Lunatic asylums in Bengal annual reports 1888-1898 - 1888-1898
Year: 1888
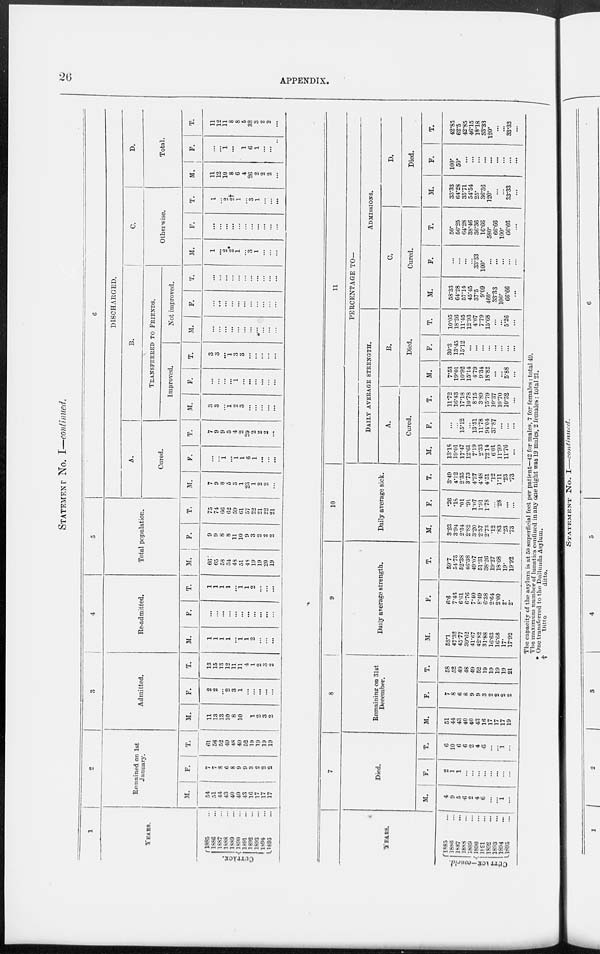
26
APPENDIX.
STATEMENT No. I—continued.
1
YEARS.
CUTTACK.
1885 ...
1886 ...
1887 ...
1888 ...
1889 ...
1890 ...
1891 ...
1892 ...
1893 ...
1894 ...
1895 ...
2
Remained on 1st
January.
M.
54
51
44
43
40
40
43
16
17
17
17
F.
7
7
8
6
8
9
9
3
2
2
2
T.
61
58
52
49
48
49
52
19
19
19
19
3
Admitted.
M.
11
13
13
10
8
10
4
1
2
3
2
F.
2
2
...
2
3
1
...
...
...
...
...
T.
13
15
13
12
11
11
4
1
2
3
2
4
Re-admitted.
M.
1
1
1
1
1
1
2
...
...
...
F.
...
...
...
...
...
...
...
...
...
...
...
T.
1
1
1
1
...
1
1
2
...
...
...
5
Total population.
M.
66
65
58
54
48
51
48
19
19
20
19
F.
9
9
8
8
11
10
9
3
2
2
2
T.
75
74
66
62
59
61
57
22
21
22
21
6
DISCHARGED.
A.
Cured.
M.
7
9
8
5
3
1
23
1
2
2
...
F.
...
...
1
...
1
1
6
1
...
...
...
T.
7
9
9
5
4
2
29
2
2
2
...
B.
TRANSFERRED TO FRIENDS.
Improved.
M.
3
3
...
1
2
3
...
...
...
...
...
F.
...
...
...
...
...
...
...
...
...
...
...
T.
3
3
...
1
3
3
...
...
...
...
...
Not improved.
M.
...
...
...
...
...
...
...
...
...
...
...
F.
...
...
...
...
...
...
...
...
...
...
...
T.
...
...
...
...
...
...
...
...
...
...
...
C.
Otherwise.
M.
1
...
2
2*
1
...
3
1
...
...
...
F.
...
...
...
...
...
...
...
...
...
...
...
T.
1
...
2
2†
1
...
3
1
...
...
...
D.
Total.
M.
11
12
10
8
6
4
26
2
2
2
...
F.
...
...
1
...
2
1
6
1
...
...
...
T.
11
12
11
8
8
5
32
3
2
2
...
YEARS.
CUTTACK-concld.
1885 ...
1886 ...
1887 ...
1888 ...
1889 ...
1890 ...
1891 ...
1892 ...
1893 ...
1894 ...
1895 ...
7
Died.
M.
4
9
5
6
2
4
6
...
...
1
...
F.
2
1
1
...
...
...
...
...
...
...
...
T.
6
10
6
6
2
4
6
...
...
1
...
8
Remaining on 31st
December.
M.
51
44
43
40
40
43
16
17
17
17
19
F.
7
8
6
8
9
9
3
2
2
2
2
T.
58
52
49
48
49
52
19
19
19
19
21
9
Daily average strength.
M.
53.l
47.32
45.77
39.62
41.67
42.82
31.88
16.63
16.68
17.
17.92
F.
6.6
7.43
6.61
6.76
7.40
8.49
6.38
2.64
2.00
2.
2.
T.
59.7
54.75
52.38
46.38
49.07
51.31
38.26
19.27
18.68
19.
19.92
10
Daily average sick.
M.
3.23
3.94
2.34
2.82
3.20
2.57
2.73
.12
.83
.23
.73
F.
.26
.18
.01
.9l
1.07
1.91
1.78
...
.28
...
...
T.
3.49
4.12
2.35
3.73
4.27
4.48
4.51
.12
1.11
.23
.73
11
PERCENTAGE TO-
DAILY AVERAGE STRENGTH.
A.
Cured.
M.
13.18
19.01
17.47
12.61
7.19
2.33
72.14
6.01
11.99
11.76
...
F.
...
...
15.12
...
13.51
11.78
94.04
37.87
...
...
...
T.
11.72
16.43
17.18
10.78
8.15
3.89
75.79
10.37
10.70
10.52
...
B.
Died.
M.
7.53
19.01
10.92
15.14
4.79
9.34
18.82
...
...
5.88
...
F.
30.3
13.45
15.12
...
...
...
...
...
...
...
...
T.
10.05
18.26
11.45
12.93
4.07
7.79
15.68
...
...
5.26
...
ADMISSIONS.
C.
Cured.
M.
58.33
64.28
57.14
45.45
37.5
9.09
460.
33.33
100.
66.66
...
F.
...
...
...
...
33.33
100.
...
...
...
...
...
T.
50.
56.25
64.28
38.46
36.36
16.66
580.
66.66
100.
66.66
...
D.
Died.
M.
33.33
64.28
35.71
54.54
25.
36.36
120.
...
...
33.33
...
F.
100.
50.
...
...
...
...
...
...
...
...
...
T.
42.85
62.5
42.85
46.15
18.18
33.33
120.
...
...
33.33
...
The capacity of the asylum is at 50 superficial feet per patient—42 for males, 7 for females: total 49.
The maximum number of lunatics confined in any one night was 19 males, 2 females: total 21.
* One transferred to the Dullunda Asylum.
†
Ditto
ditto.